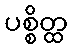
ပစ္စိတ္ထ